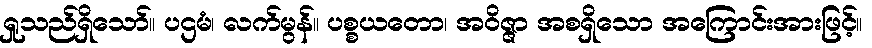
ရှုသည်ရှိသော်။ ပဌမံ၊ လက်မွန်။ ပစ္စယတော၊ အဝိဇ္ဇာ အစရှိသော အကြောင်းအားဖြင့်။